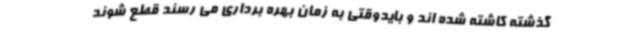
گذشته کاشته شده اند و بایدوقتی به زمان بهره برداری می رسند قطع شوند